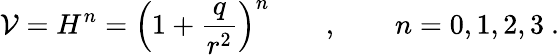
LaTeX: \mathcal{V}=H^{n}=\Big(1+{\frac{q}{r^{2}}}\Big)^{n}\qquad,\qquad n=0,1,2,3\ .